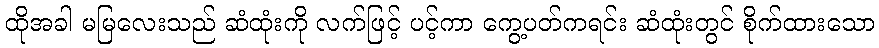
ထိုအခါ မမြလေးသည် ဆံထုံးကို လက်ဖြင့် ပင့်ကာ ကွေ့ပတ်ကရင်း ဆံထုံးတွင် စိုက်ထားသော